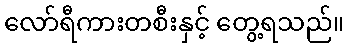
လော်ရီကားတစီးနှင့် တွေ့ရသည်။